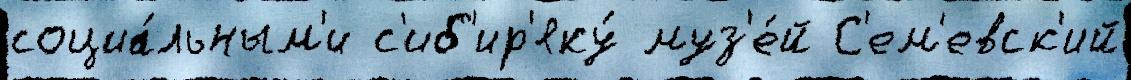
социа́льным'и с'иб'ир'яку́ муз'е́й С'ем'евск'ий